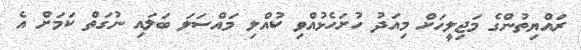
ރައްޔިތުންގެ މަޖިލީހަށް މިއަދު ހުށަހެޅުއްވި ކުއްލި މައްސަލަ ބަލައި ނުގަތް ކަމަށް އެ